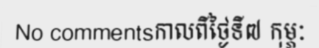
No commentsកាលពីថ្ងៃទី៧ កុម្ភៈ